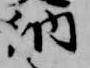
納